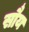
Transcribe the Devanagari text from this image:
सौय